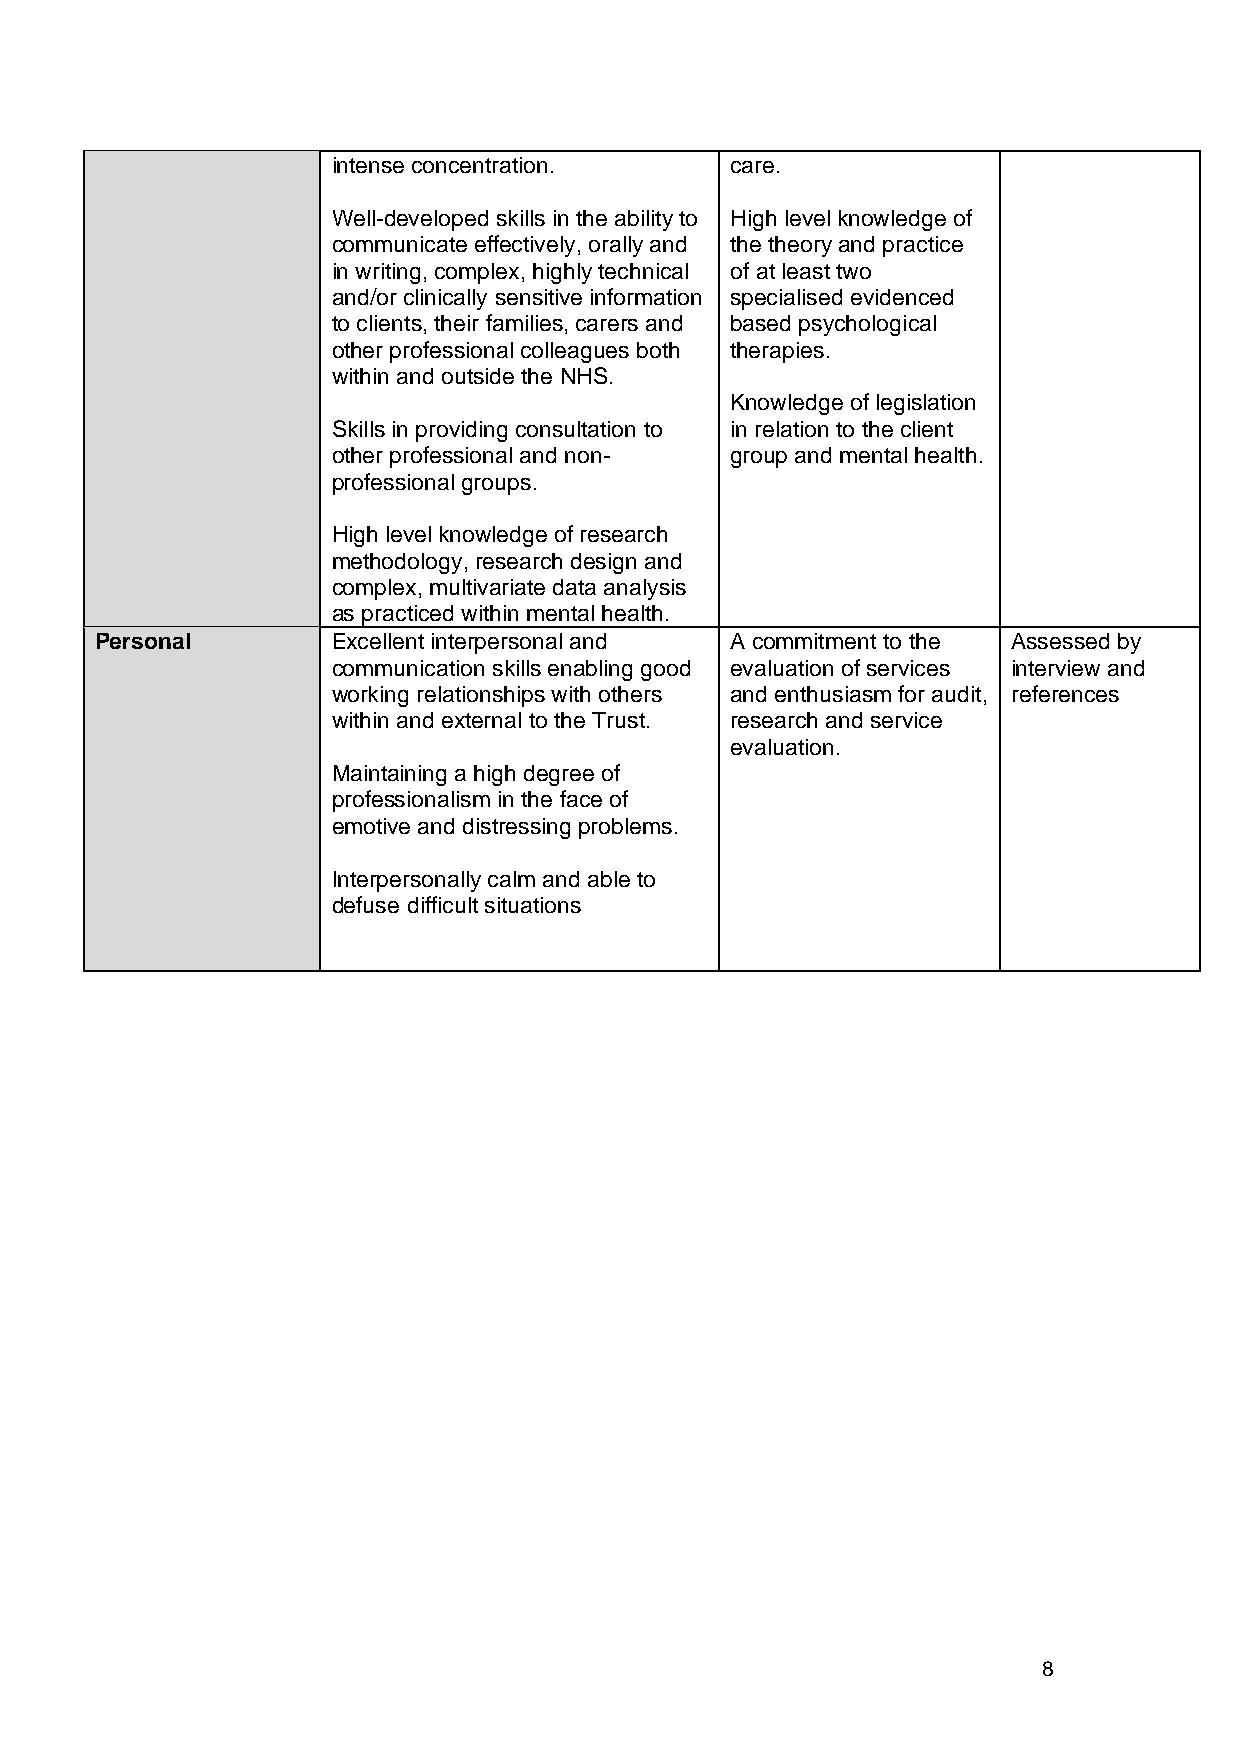
intense concentration.    care.
 Well-developed skills in the ability to High level knowledge of
 communicate effectively, orally and the theory and practice
 in writing, complex, highly technical of at least two
 and/or clinically sensitive information specialised evidenced
 to clients, their families, carers and based psychological
 other professional colleagues both therapies.
 within and outside the NHS.
 Knowledge of legislation
 Skills in providing consultation to in relation to the client
 other professional and non- group and mental health.
 professional groups.
 High level knowledge of research
 methodology, research design and
 complex, multivariate data analysis
 as practiced within mental health.
 Personal        Excellent interpersonal and A commitment to the Assessed by
 communication skills enabling good evaluation of services interview and
 working relationships with others and enthusiasm for audit, references
 within and external to the Trust. research and service
 evaluation.
 Maintaining a high degree of
 professionalism in the face of
 emotive and distressing problems.
 Interpersonally calm and able to
 defuse difficult situations
 8